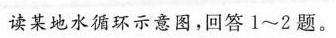
读某地水循环示意图，回答1~2题。